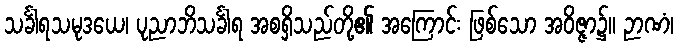
သင်္ခါရသမုဒယေ၊ ပုညာဘိသင်္ခါရ အစရှိသည်တို့၏ အကြောင်း ဖြစ်သော အဝိဇ္ဇာ၌။ ဉာဏံ၊